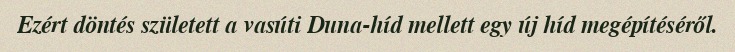
Ezért döntés született a vasúti Duna-híd mellett egy új híd megépítéséről.